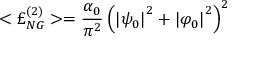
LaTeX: < { \pounds } _ { N G } ^ { ( 2 ) } > = \frac { \alpha _ { 0 } } { \pi ^ { 2 } } \left( \left| \psi _ { 0 } \right| ^ { 2 } + \left| \varphi _ { 0 } \right| ^ { 2 } \right) ^ { 2 }